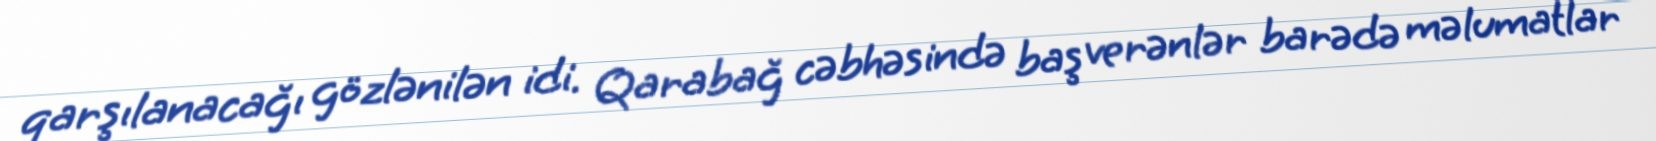
qarşılanacağı gözlənilən idi. Qarabağ cəbhəsində baş verənlər barədə məlumatlar